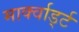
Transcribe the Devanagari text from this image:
मार्क्वार्ड्ट